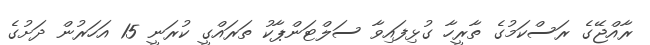
ރާއްޖޭގެ ރަސްކަމުގެ ތާރީހާ ގުޅިފައިވާ ސަލްޓަންޕާކު ތަރައްގީ ކުރަނީ 15 އަހަރުން ދަށުގެ